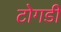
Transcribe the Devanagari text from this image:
टोगडी